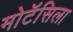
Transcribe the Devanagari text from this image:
मोटॅसिला